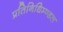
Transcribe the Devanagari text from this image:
प्रतिनिधिम्ण्डल